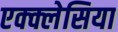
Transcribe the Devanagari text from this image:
एक्क्लेसिया